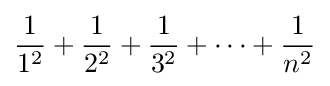
{\frac {1}{1^{2}}}+{\frac {1}{2^{2}}}+{\frac {1}{3^{2}}}+\cdots +{\frac {1}{n^{2}}}